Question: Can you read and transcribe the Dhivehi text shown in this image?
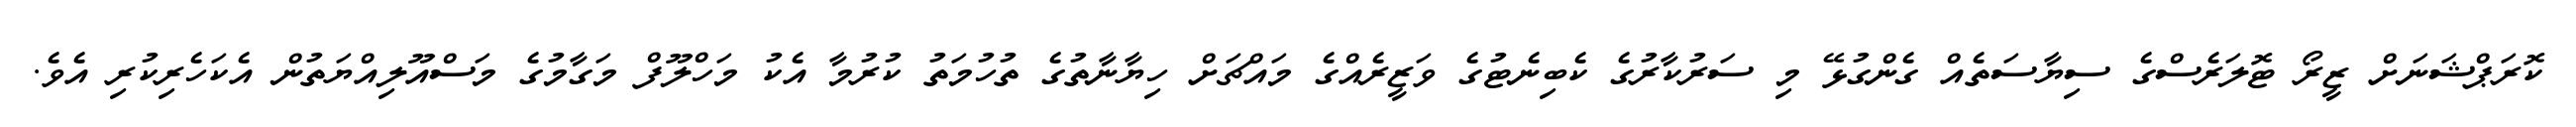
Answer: ކޮރަޕްޝަނަށް ޒީރޯ ޓޮލަރެސްގެ ސިޔާސަތެއް ގެންގުޅޭ މި ސަރުކާރުގެ ކެބިނެޓުގެ ވަޒީރެއްގެ މައްޗަށް ހިޔާނާތުގެ ތުހުމަތު ކުރުމާ އެކު މަހްލޫފް މަގާމުގެ މަސްއޫލިއްޔަތުން އެކަހެރިކުރި އެވެ.